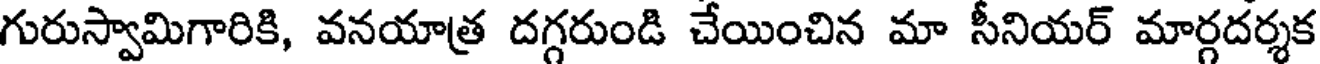
గురుస్వామిగారికి, వనయాత్ర దగ్గరుండి చేయించిన మా సీనియర్ మార్గదర్శక